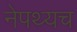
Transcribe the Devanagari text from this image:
नेपथ्यच